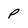
Character: P